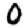
Digit: 0